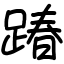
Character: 踳